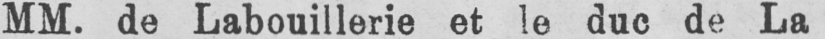
MM. de Labouillerie et le duc de La